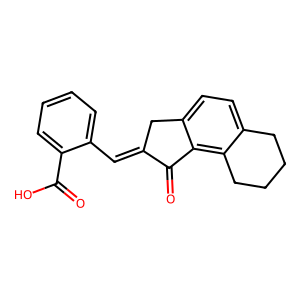
SMILES: O=C(O)c1ccccc1C=C1Cc2ccc3c(c2C1=O)CCCC3
Inhibits HIV replication: No